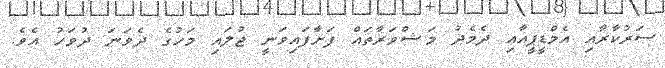
ސަރުކާރާއި އެމްޑީޕީއާއި ދެމެދު މަޝްވަރާތައް ފަށާފައިވަނީ ޖުލައި މަހުގެ ދެވަނަ ދުވަހު އެވެ.